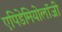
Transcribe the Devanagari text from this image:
एपिडेमियोलॉजी